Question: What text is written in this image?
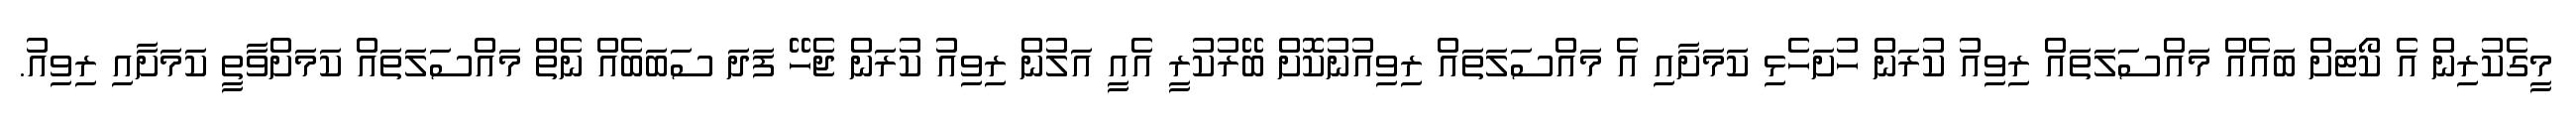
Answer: މީގެކުރިން އެ ކޯޓަށް ބައެއް މައްސަލަތައް ރިވިއު ކުރަން ހުށަހެޅި ކަމަށާއި އެ މައްސަލަތައް ރިވިއުނުކޮށް ބޭރުކުރީ އެއީ އަލުން ރިވިއު ކުރަން ޖެހޭ ފަދަ ސަބަބެއް ނެތް މައްސަލަތައް ކަމަށްވާތީ ކަމަށާއި ރިވިއު.